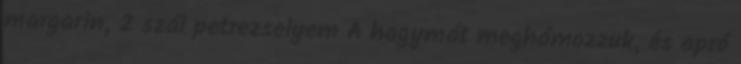
margarin, 2 szál petrezselyem A hagymát meghámozzuk, és apró